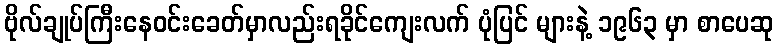
ဗိုလ်ချုပ်ကြီးနေဝင်းခေတ်မှာလည်းရခိုင်ကျေးလက် ပုံပြင် များနဲ့ ၁၉၆၃ မှာ စာပေဆု